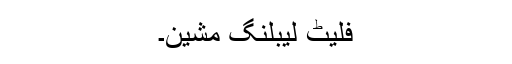
فلیٹ لیبلنگ مشین۔